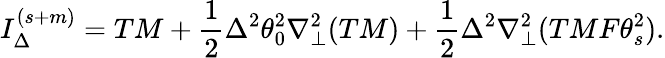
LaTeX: I_{\Delta}^{(s+m)}=TM+\frac{1}{2}\Delta^{2}\theta_{0}^{2}\nabla_{\perp}^{2}(TM)+\frac{1}{2}\Delta^{2}\nabla_{\perp}^{2}(TMF\theta_{s}^{2}).